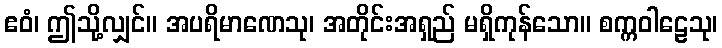
ဧဝံ၊ ဤသို့လျှင်။ အပရိမာဏေသု၊ အတိုင်းအရှည် မရှိကုန်သော။ စက္ကဝါဠေသု၊